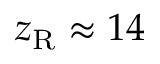
z _ { \mathrm { R } } \approx 1 4